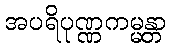
အပရိပုဏ္ဏကမ္မန္တာ